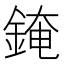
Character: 䤶